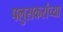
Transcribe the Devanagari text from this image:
पलुसकरांच्या